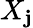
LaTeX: X_{\mathbf{j}}